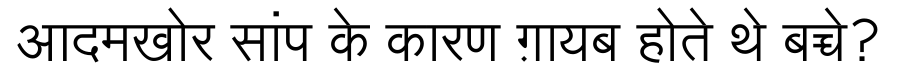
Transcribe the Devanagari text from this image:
आदमखोर सांप के कारण ग़ायब होते थे बच्चे?